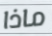
ماذا